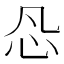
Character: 𰐽